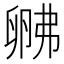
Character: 𱑚